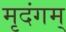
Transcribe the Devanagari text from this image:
मृदंगम्